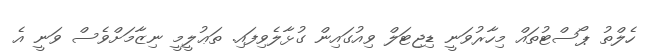
ހެލްތު ޕޯސްޓުތައް މިހާރުވަނީ ޑިޖިޓަލް ވިއުގައިން ގުޅާލެވިފައި. ތަޢުލީމީ ނިޒާމަށްވެސް ވަނީ އެ